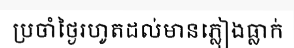
ប្រចាំថ្ងៃរហូតដល់មានភ្លៀងធ្លាក់